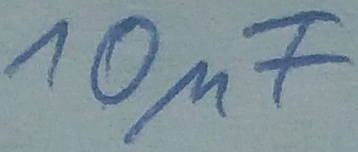
Text: 10µF